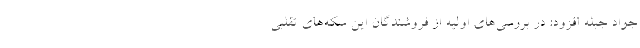
جواد جبله افزود: در بررسی‌های اولیه از فروشندگان این سکه‌های تقلبی